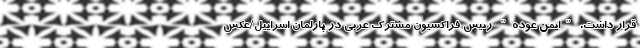
قرار داشت. "ایمن عوده" رییس فراکسیون مشترک عربی در پارلمان اسراییل/عکس